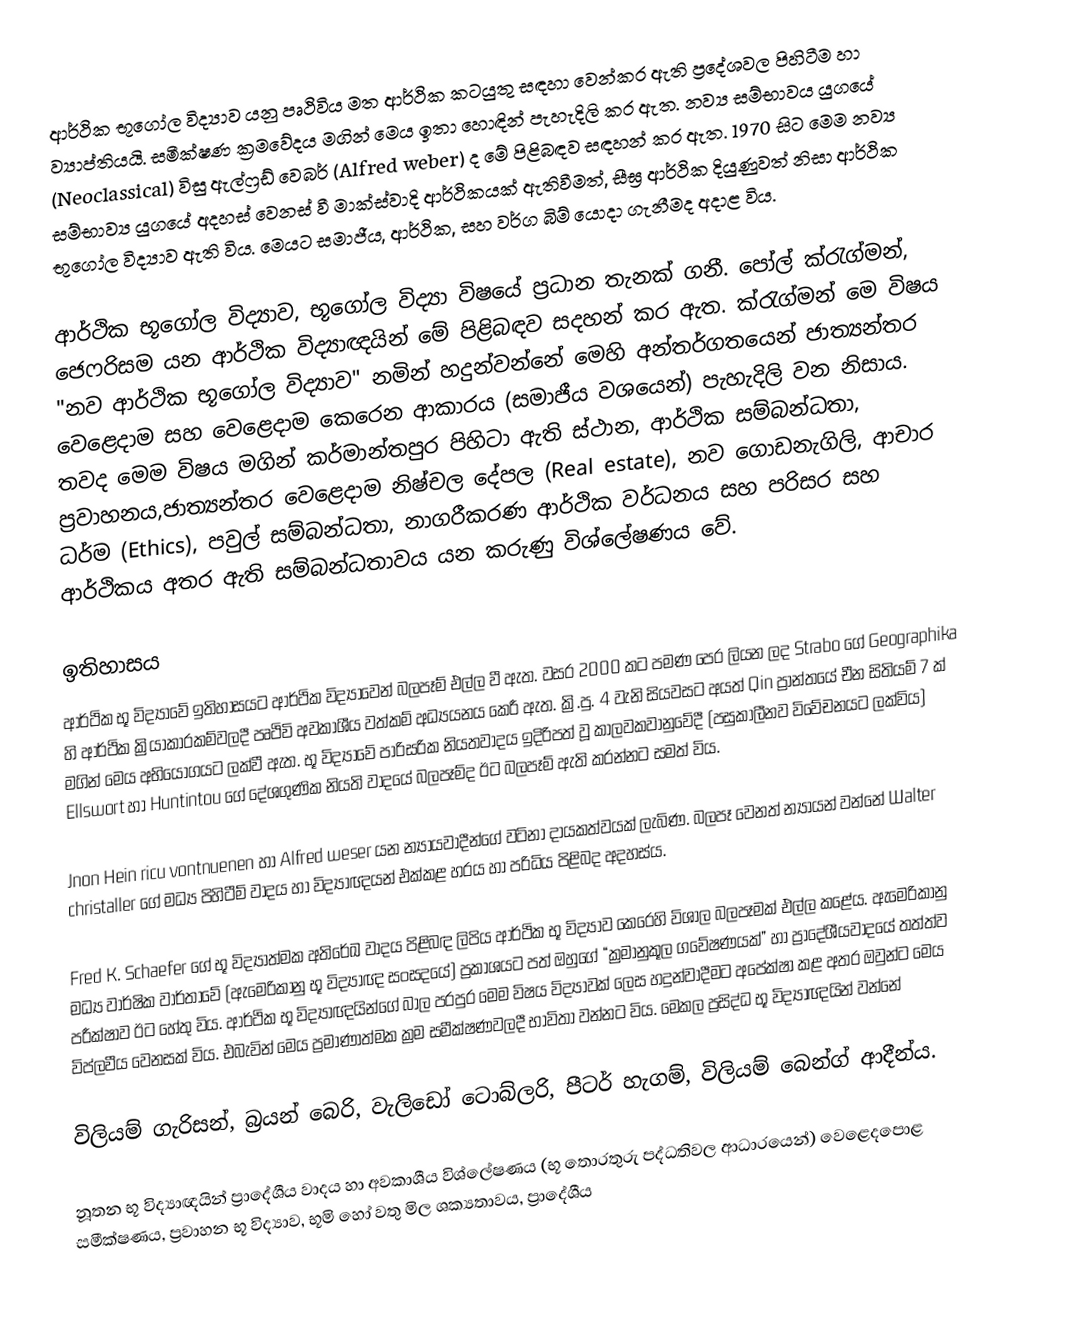
ආර්ථික භූගෝල විද්‍යාව යනු පෘථිවිය මත ආර්ථික කටයුතු සඳහා වෙන්කර ඇති ප්‍රදේශවල පිහිටීම හා ව්‍යාප්තියයි. සමීක්ෂණ ක්‍රමවේදය මගින් මෙය ඉතා හොඳින් පැහැදිලි කර ඇත. නව්‍ය සම්භාවය යුගයේ (Neoclassical) විසු ඇල්ෆ්‍රඩ් වෙබර් (Alfred weber) ද මේ පිළිබඳව සඳහන් කර ඇත. 1970 සිට මෙම නව්‍ය සම්භාව්‍ය යුගයේ අදහස් වෙනස් වී මාක්ස්වාදි ආර්ථිකයක් ඇතිවීමත්, සීඝ්‍ර ආර්ථික දියුණුවත් නිසා ආර්ථික භූගෝල විද්‍යාව ඇති විය. මෙයට සමාජීය, ආර්ථික, සහ වර්ග බිම් යොදා ගැනීමද අදාළ විය.

ආර්ථික භූගෝල විද්‍යාව, භූගෝල විද්‍යා විෂයේ ප්‍රධාන තැනක් ගනී. පෝල් ක්රැග්මන්, ජෙෆරිසම යන ආර්ථික විද්‍යාඥයින් මේ පිළිබඳව සදහන් කර ඇත. ක්රැග්මන් මෙ විෂය "නව ආර්ථික භූගෝල විද්‍යාව" නමින් හදුන්වන්නේ මෙහි අන්තර්ගතයෙන් ජාත්‍යන්තර වෙළෙදාම සහ වෙළෙදාම කෙරෙන ආකාරය (සමාජීය වශයෙන්) පැහැදිලි වන නිසාය. තවද මෙම විෂය මගින් කර්මාන්තපුර පිහිටා ඇති ස්ථාන, ආර්ථික සම්බන්ධතා, ප්‍රවාහනය,ජාත්‍යන්තර වෙළෙදාම නිෂ්චල දේපල (Real estate), නව ගොඩනැගිලි, ආචාර ධර්ම (Ethics), පවුල් සම්බන්ධතා, නාගරීකරණ ආර්ථික වර්ධනය සහ පරිසර සහ ආර්ථිකය අතර ඇති සම්බන්ධතාවය යන කරුණු විශ්ලේෂණය වේ.

ඉතිහාසය
ආර්ථික භූ විද්‍යාවේ ඉතිහාසයට ආර්ථික විද්‍යාවෙන් බලපෑම් එල්ල වී ඇත. වසර 2000 කට පමණ පෙර ලියන ලද Strabo ගේ Geographika හි ආර්ථික ක්‍රියාකාරකම්වලදී පෘථිවි අවකාශීය වත්කම් අධ්‍යයනය කෙරී ඇත. ක්‍රි.පු. 4 වැනි සියවසට අයත් Qin ප්‍රාන්තයේ චීන සිතියම් 7 ක් මගින් මෙය අභියෝගයට ලක්වී ඇත. භූ විද්‍යාවේ පාරිසරික නියතවාදය ඉදිරිපත් වූ කාලවකවානුවේදී (පසුකාලීනව විවේචනයට ලක්විය) Ellswort හා Huntintou ගේ දේශගුණික නියති වාදයේ බලපෑම්ද ඊට බලපෑම් ඇති කරන්නට සමත් විය.

Jnon Hein ricu vontnuenen හා Alfred weser යන න්‍යායවාදීන්ගේ වටිනා දායකත්වයක් ලැබිණ. බලපෑ වෙනත් න්‍යායන් වන්නේ Walter christaller ගේ මධ්‍ය පිහිටීම් වාදය හා විද්‍යාඥයන් එක්කළ හරය හා පරිධිය පිළිබද අදහස්ය.

Fred K. Schaefer ගේ භූ විද්‍යාත්මක අතිරේඛ වාදය පිළිබඳ ලිපිය ආර්ථික භූ විද්‍යාව කෙරෙහි විශාල බලපෑමක් එල්ල කළේය. ඇමෙරිකානු මධ්‍ය වාර්ෂික වාර්තාවේ (ඇමෙරිකානු භූ විද්‍යාඥ සංසදයේ) ප්‍රකාශයට පත් ඔහුගේ “ක්‍රමානුකූල ගවේෂණයක්” හා ප්‍රාදේශීයවාදයේ තත්ත්ව පරීක්ෂාව ඊට හේතු විය. ආර්ථික භූ විද්‍යාඥයින්ගේ බාල පරපුර මෙම විෂය විද්‍යාවක් ලෙස හදුන්වාදීමට අපේක්ෂා කළ අතර ඔවුන්ට මෙය විප්ලවීය වෙනසක් විය. එබැවින් මෙය ප්‍රමාණාත්මක ක්‍රම සමීක්ෂණවලදී භාවිතා වන්නට විය. මෙකල ප්‍රසිද්ධ භූ විද්‍යාඥයින් වන්නේ

විලියම් ගැරිසන්, බ්‍රයන් බෙරි, වැලිඩෝ ටොබ්ලරි, පීටර් හැගම්, විලියම් බෙන්ග් ආදීන්ය.

නූතන භූ විද්‍යාඥයින් ප්‍රාදේශීය වාදය හා අවකාශීය විශ්ලේෂණය (භූ තොරතුරු පද්ධතිවල ආධාරයෙන්) වෙළෙදපොළ සමීක්ෂණය, ප්‍රවාහන භූ විද්‍යාව, භූමි හෝ වතු මිල ශක්‍යතාවය, ප්‍රාදේශීය